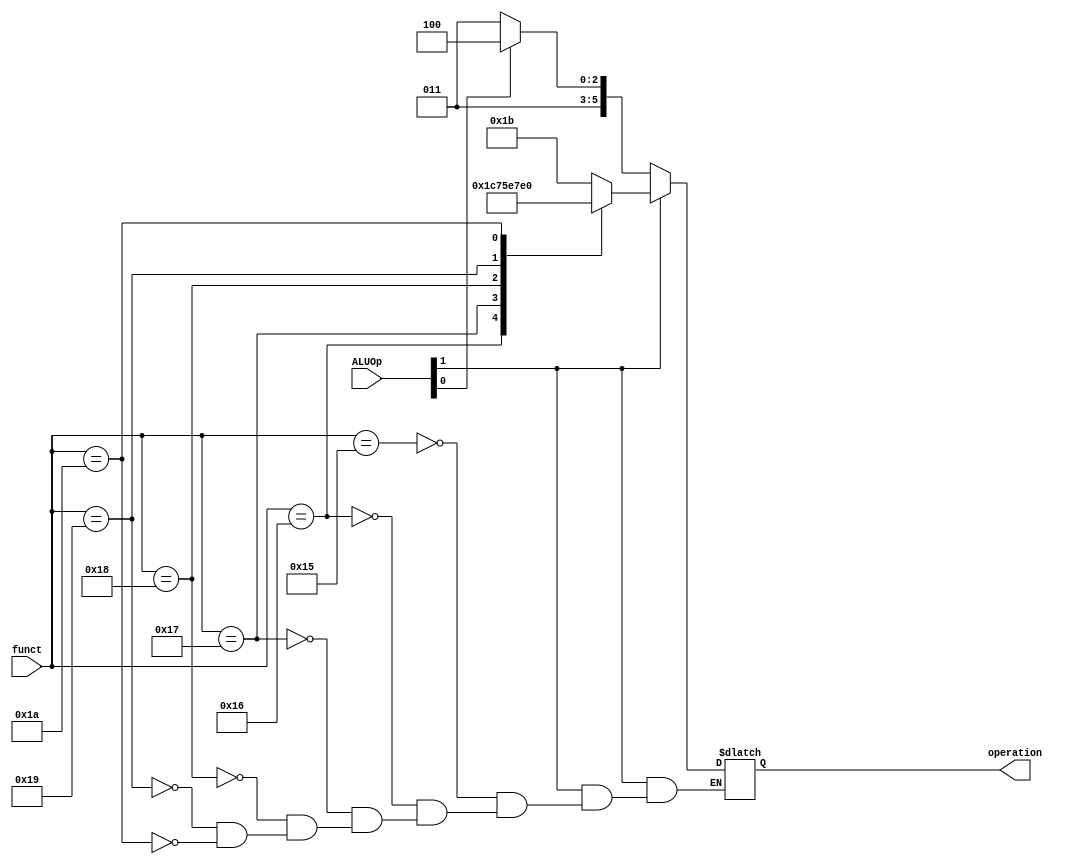
module ALUcrtl(
	input [5:0] funct,
 	input [1:0] ALUOp,
 	output reg[5:0] operation
 	);

initial operation=0;

always @(ALUOp,funct)begin
if(ALUOp[1]==1)begin
	case(funct)
		6'd21:operation=6'd27;
		6'd22:operation=6'd28;
		6'd23:operation=6'd29;
		6'd24:operation=6'd30;
		6'd25:operation=6'd31;
		6'd26:operation=6'd32;
	endcase
end
else if(ALUOp[0]==0)operation=6'd27;
else if(ALUOp[0]==1)operation=6'd28;

end

endmodule